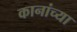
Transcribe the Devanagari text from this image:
कानांच्या